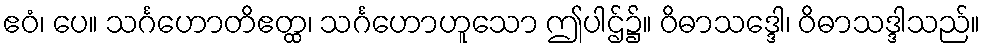
ဧဝံ၊ ပေ။ သင်္ဂဟောတိဧတ္ထ၊ သင်္ဂဟောဟူသော ဤပါဌ်၌။ ဝိဓာသဒ္ဒေါ၊ ဝိဓာသဒ္ဒါသည်။